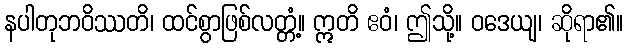
နပါတုဘဝိဿတိ၊ ထင်စွာဖြစ်လတ္တံ့။ ဣတိ ဧဝံ၊ ဤသို့။ ဝဒေယျ၊ ဆိုရာ၏။